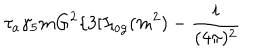
\tau _ { a } \gamma _ { 5 } m G ^ { 2 } \{ 3 [ I _ { \log } ( m ^ { 2 } ) - \frac { i } { ( 4 \pi ) ^ { 2 } }